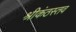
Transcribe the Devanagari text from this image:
श्रीकंठस्तव